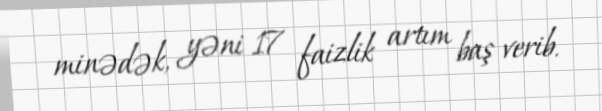
minədək, yəni 17 faizlik artım baş verib.